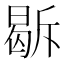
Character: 𭦹